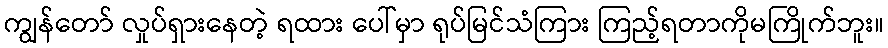
ကျွန်တော် လှုပ်ရှားနေတဲ့ ရထား ပေါ်မှာ ရုပ်မြင်သံကြား ကြည့်ရတာကိုမကြိုက်ဘူး။